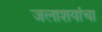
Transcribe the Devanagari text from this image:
जलाशयांचा